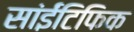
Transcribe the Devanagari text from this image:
सांईंटिफिक